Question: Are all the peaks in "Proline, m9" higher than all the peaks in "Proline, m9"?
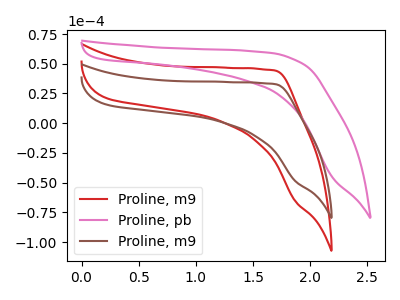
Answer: <think>The red curve "Proline, m9" has no peaks. The pink curve "Proline, pb" has no peaks. The brown curve "Proline, m9" has no peaks.</think>
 <answer>Niether CV has any peaks.</answer>
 <eval>blanks</eval>